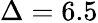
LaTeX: \Delta=6.5